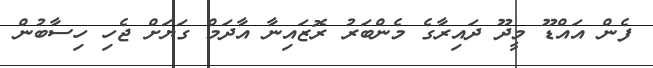
ފެން އައްޑޫ މީދޫ ދައިރާގެ މެންބަރު ރޮޒައިނާ އާދަމް ގަޔަށް ޖެހި ހިސާބުން